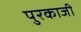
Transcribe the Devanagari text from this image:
पुरकाजी